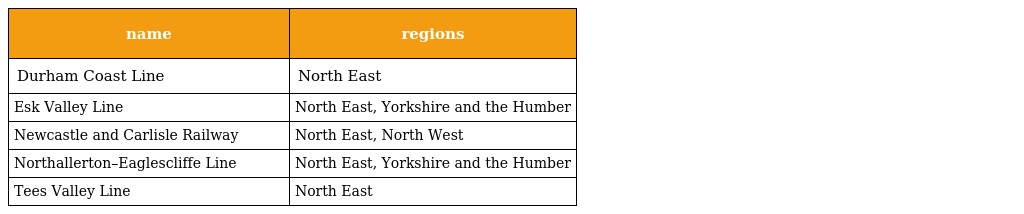
| name | regions |
 | --- | --- |
 | Durham Coast Line | North East |
 | Esk Valley Line | North East, Yorkshire and the Humber |
 | Newcastle and Carlisle Railway | North East, North West |
 | Northallerton–Eaglescliffe Line | North East, Yorkshire and the Humber |
 | Tees Valley Line | North East |